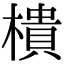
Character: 樻